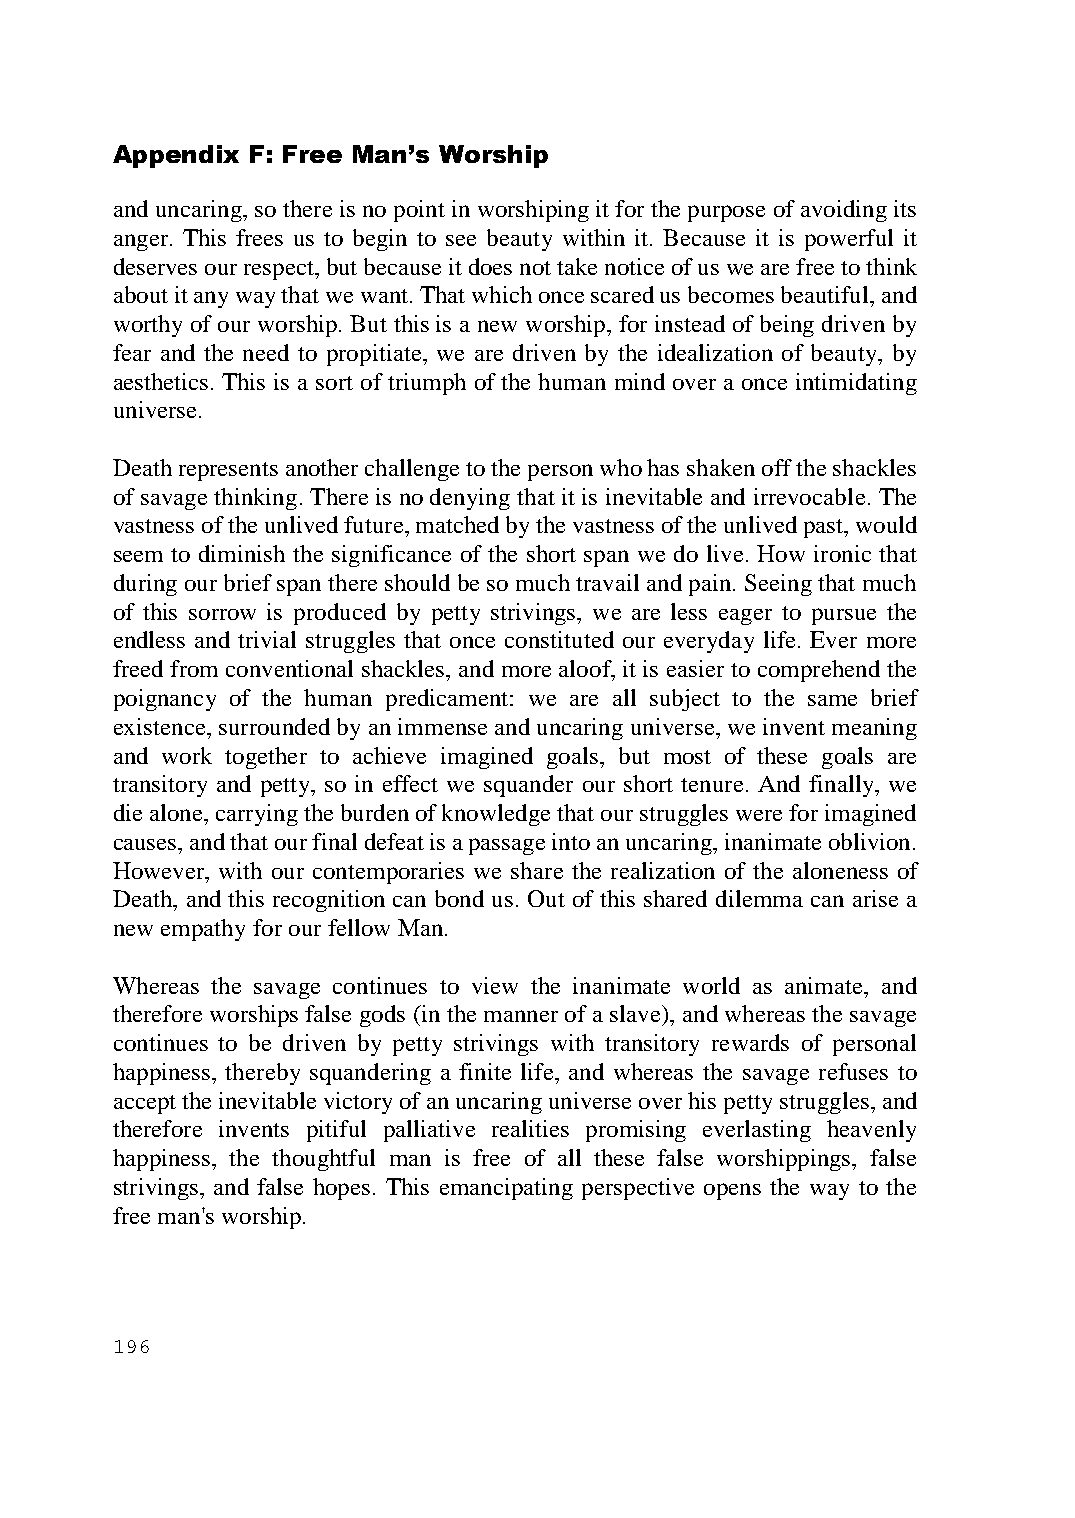
Appendix F: Free Man’s Worship
 and uncaring, so there is no point in worshiping it for the purpose of avoiding its
 anger. This frees us to begin to see beauty within it. Because it is powerful it
 deserves our respect, but because it does not take notice of us we are free to think
 about it any way that we want. That which once scared us becomes beautiful, and
 worthy of our worship. But this is a new worship, for instead of being driven by
 fear and the need to propitiate, we are driven by the idealization of beauty, by
 aesthetics. This is a sort of triumph of the human mind over a once intimidating
 universe.
 Death represents another challenge to the person who has shaken off the shackles
 of savage thinking. There is no denying that it is inevitable and irrevocable. The
 vastness of the unlived future, matched by the vastness of the unlived past, would
 seem to diminish the significance of the short span we do live. How ironic that
 during our brief span there should be so much travail and pain. Seeing that much
 of this sorrow is produced by petty strivings, we are less eager to pursue the
 endless and trivial struggles that once constituted our everyday life. Ever more
 freed from conventional shackles, and more aloof, it is easier to comprehend the
 poignancy of the human predicament: we are all subject to the same brief
 existence, surrounded by an immense and uncaring universe, we invent meaning
 and work together to achieve imagined goals, but most of these goals are
 transitory and petty, so in effect we squander our short tenure. And finally, we
 die alone, carrying the burden of knowledge that our struggles were for imagined
 causes, and that our final defeat is a passage into an uncaring, inanimate oblivion.
 However, with our contemporaries we share the realization of the aloneness of
 Death, and this recognition can bond us. Out of this shared dilemma can arise a
 new empathy for our fellow Man.
 Whereas the savage continues to view the inanimate world as animate, and
 therefore worships false gods (in the manner of a slave), and whereas the savage
 continues to be driven by petty strivings with transitory rewards of personal
 happiness, thereby squandering a finite life, and whereas the savage refuses to
 accept the inevitable victory of an uncaring universe over his petty struggles, and
 therefore invents pitiful palliative realities promising everlasting heavenly
 happiness, the thoughtful man is free of all these false worshippings, false
 strivings, and false hopes. This emancipating perspective opens the way to the
 free man's worship.
 196